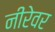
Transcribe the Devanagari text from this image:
नीरेवर